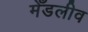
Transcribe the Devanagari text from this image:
मेँडलीव